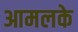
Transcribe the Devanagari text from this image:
आमलके